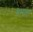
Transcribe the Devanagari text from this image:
बेसालू